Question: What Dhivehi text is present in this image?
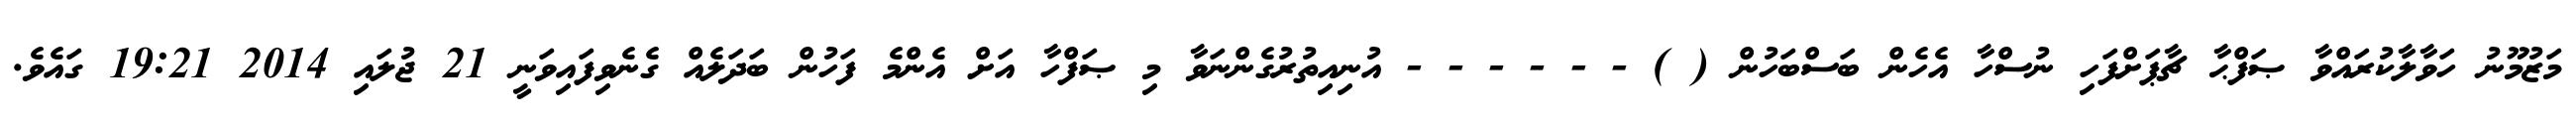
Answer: މަޒުމޫނު ހަވާލާކުރައްވާ ޞަފްޙާ ޗާޕަށްފަހި ނުސްހާ އެހެން ބަސްބަހުން ( ) - - - - - - އުނިއިތުރުގެންނަވާ މި ޞަފްހާ އަށް އެންމެ ފަހުން ބަދަލެއް ގެނެވިފައިވަނީ 21 ޖުލައި 2014 19:21 ގައެވެ.